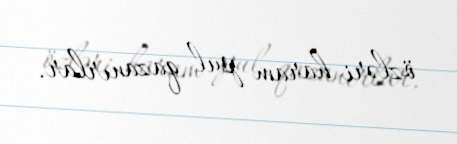
özləri haram pul qazanırlar.